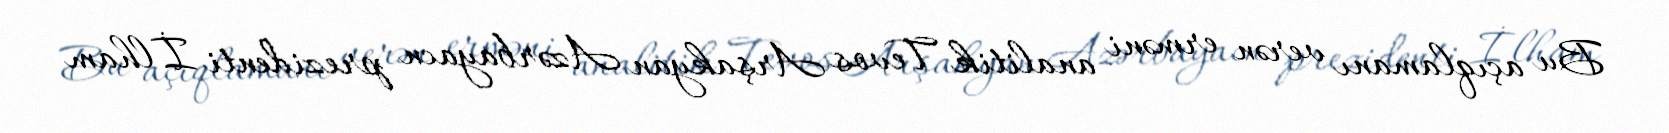
Bu açıqlamanı verən erməni analitik Tevos Arşakyan Azərbayacn prezidenti İlham